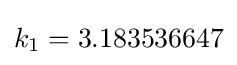
k_{1}=3.183536647